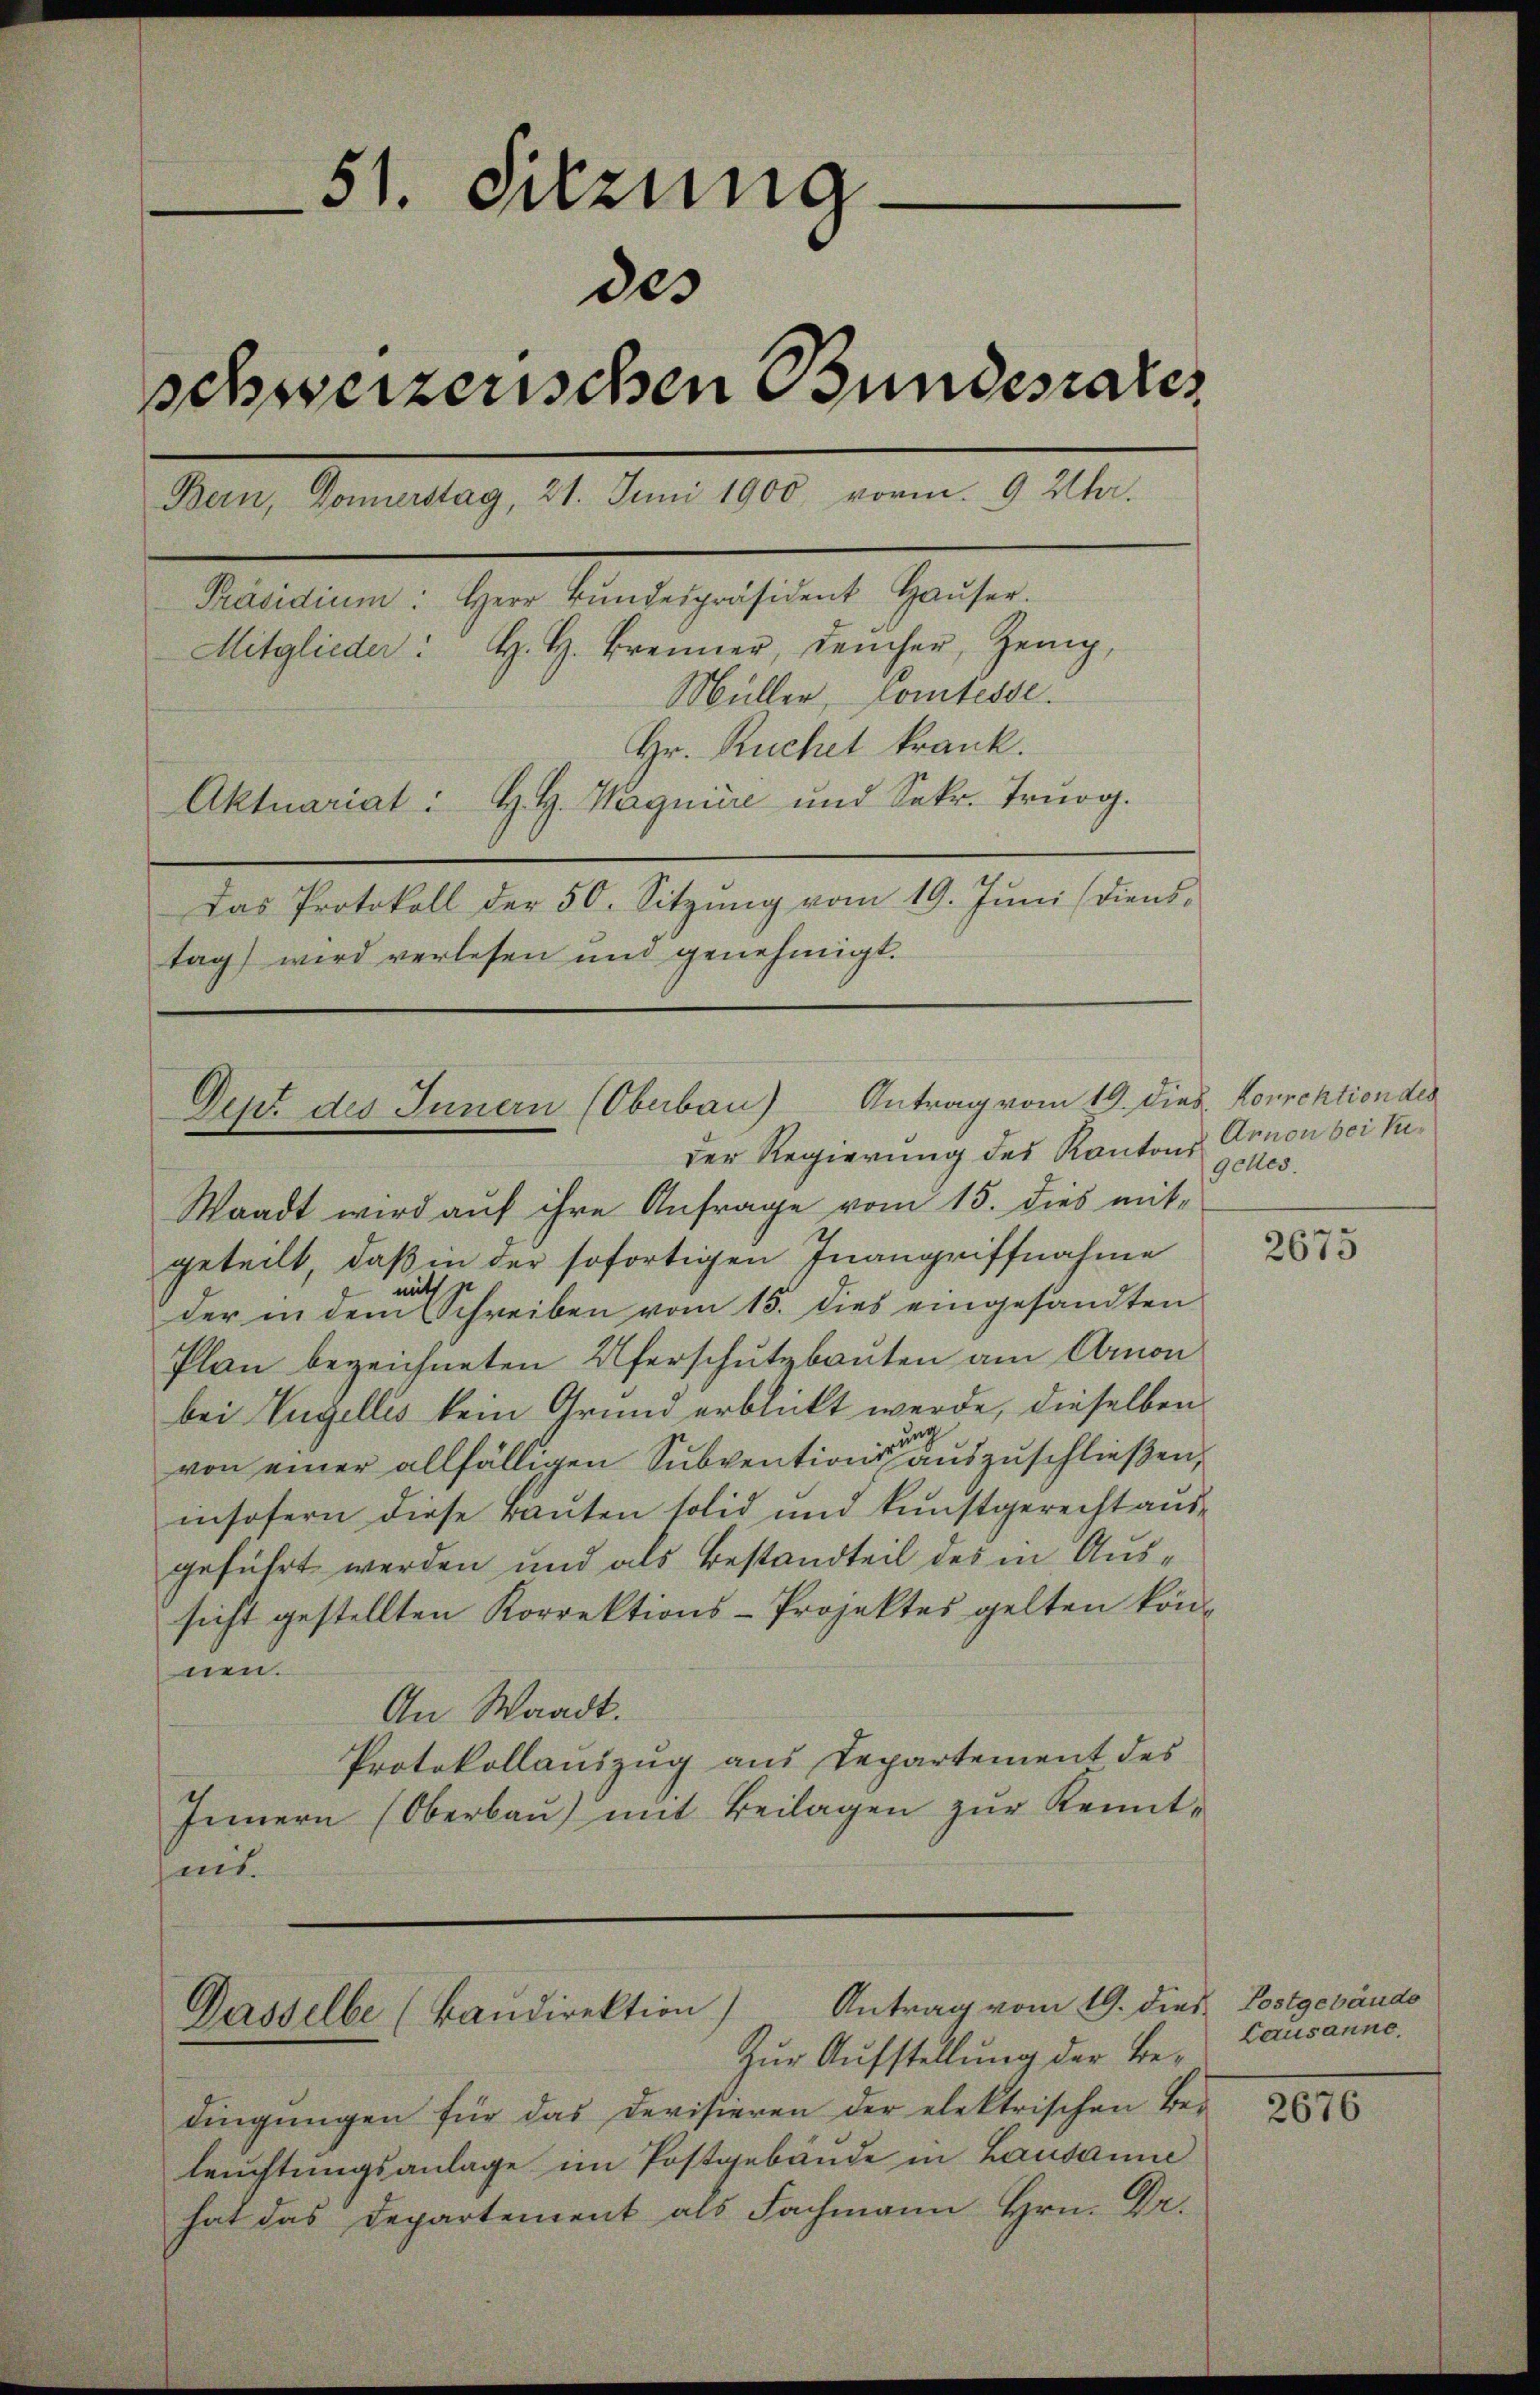
51. Sitzung.
des
schweizerischen Bundesrates
Bern, Donnerstag, 21. Juni 1900 vorm. 9 Uhr.
Präsidium: Herr Bŭndespräsident Haŭser.
Mitglieder: H. H. Brenner, dencher, Zeug,
Müller, Comtesse.
Hr. Ruchet krank.
Aktuariat: H. H. Wagniere und Sekr. Truog.
Das Protokoll der 50. Sitzŭng vom 19. Jŭni (diens-
tag) wird verlesen und genehmigt.

Dept. des Innern (Oberbau) Antrag vom 19. dies Korrektion des
der Regierung des Kantons Annon bei Ke¬

Antrag vom 19. dies Postgebäude
Dasselbe (Baudirektion)
Zur Aufstellung der Be¬

Waadt wird auf ihre Anfrage vom 15. dies mit-
geteilt, daß in der sofortigen Inangriffnahme
nicht zu
der in dem Schreiben vom 15. dies eingesandten
Plan bezeichneten Uferschutzbauten am Annon
bei Engellis kein Grund erblickt werde, dieselben
von einer allfälligen Subvention seine auszuschließen,
insofern diese Bauten solid und kunstgerecht ausgeführt werden und als Bestandteil des in Aussicht gestellten Korrektions-Projektes gelten können.
An Waadt.
Protokollauszug aus Departement des
Innern (Oberbaŭ) mit Beilagen zŭr Kennt-
mit.

dingungen für das Devisieren der elektrischen Be-
leuchtungsanlage im Postgebäude in Lausanne
hat das Departement als Fachmann Hrn. Dr.

gches.

2675

Lausanne.

2676